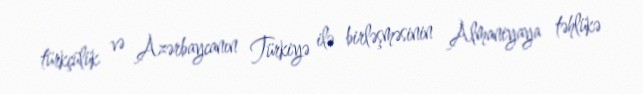
türkçülük və Azərbaycanın Türkiyə ilə birləşməsinin Almaniyaya təhlükə